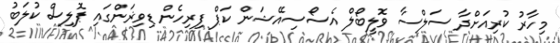
މިހާރު ކުރިއަށްދާ ސަލްސާ ވޮލީބޯލް އެސޯސިއޭޝަން ކަޕް ފިރިހެން ޑިވިޜަންގައި ޕޮލިސް ކުލަބު